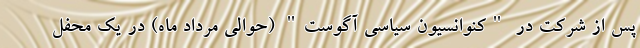
پس از شرکت در "کنوانسیون سیاسی آگوست" (حوالی مرداد ماه) در یک محفل